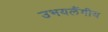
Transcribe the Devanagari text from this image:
उभयलैंगीय